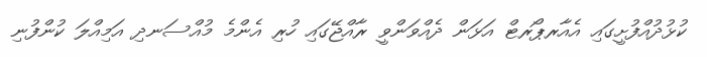
ކުޅުދުއްފުށީގައި އެއާރޕޯރޓް އަޅަން ދެއްވަންވީ ރާއްޖޭގައި ހުރި އެންމެ މުއްސަނދި އަމިއްލަ ކުންފުނި